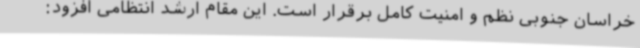
خراسان جنوبی نظم و امنیت کامل برقرار است. این مقام ارشد انتظامی افزود: